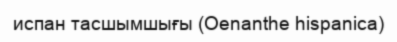
испан тасшымшығы (Oenanthe hispanica)